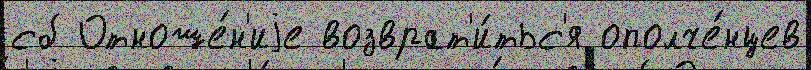
сб Отноше́н'иjе возврат'и́тьс'я ополче́нцев